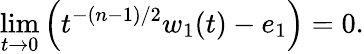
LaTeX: \operatorname*{lim}_{t\rightarrow 0}\left(t^{-(n-1)/2}w_{1}(t)-e_{1}\right)=0.